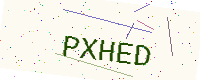
Text: PXHED